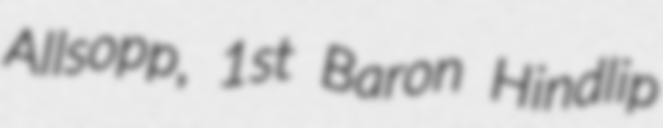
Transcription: Allsopp, 1st Baron Hindlip